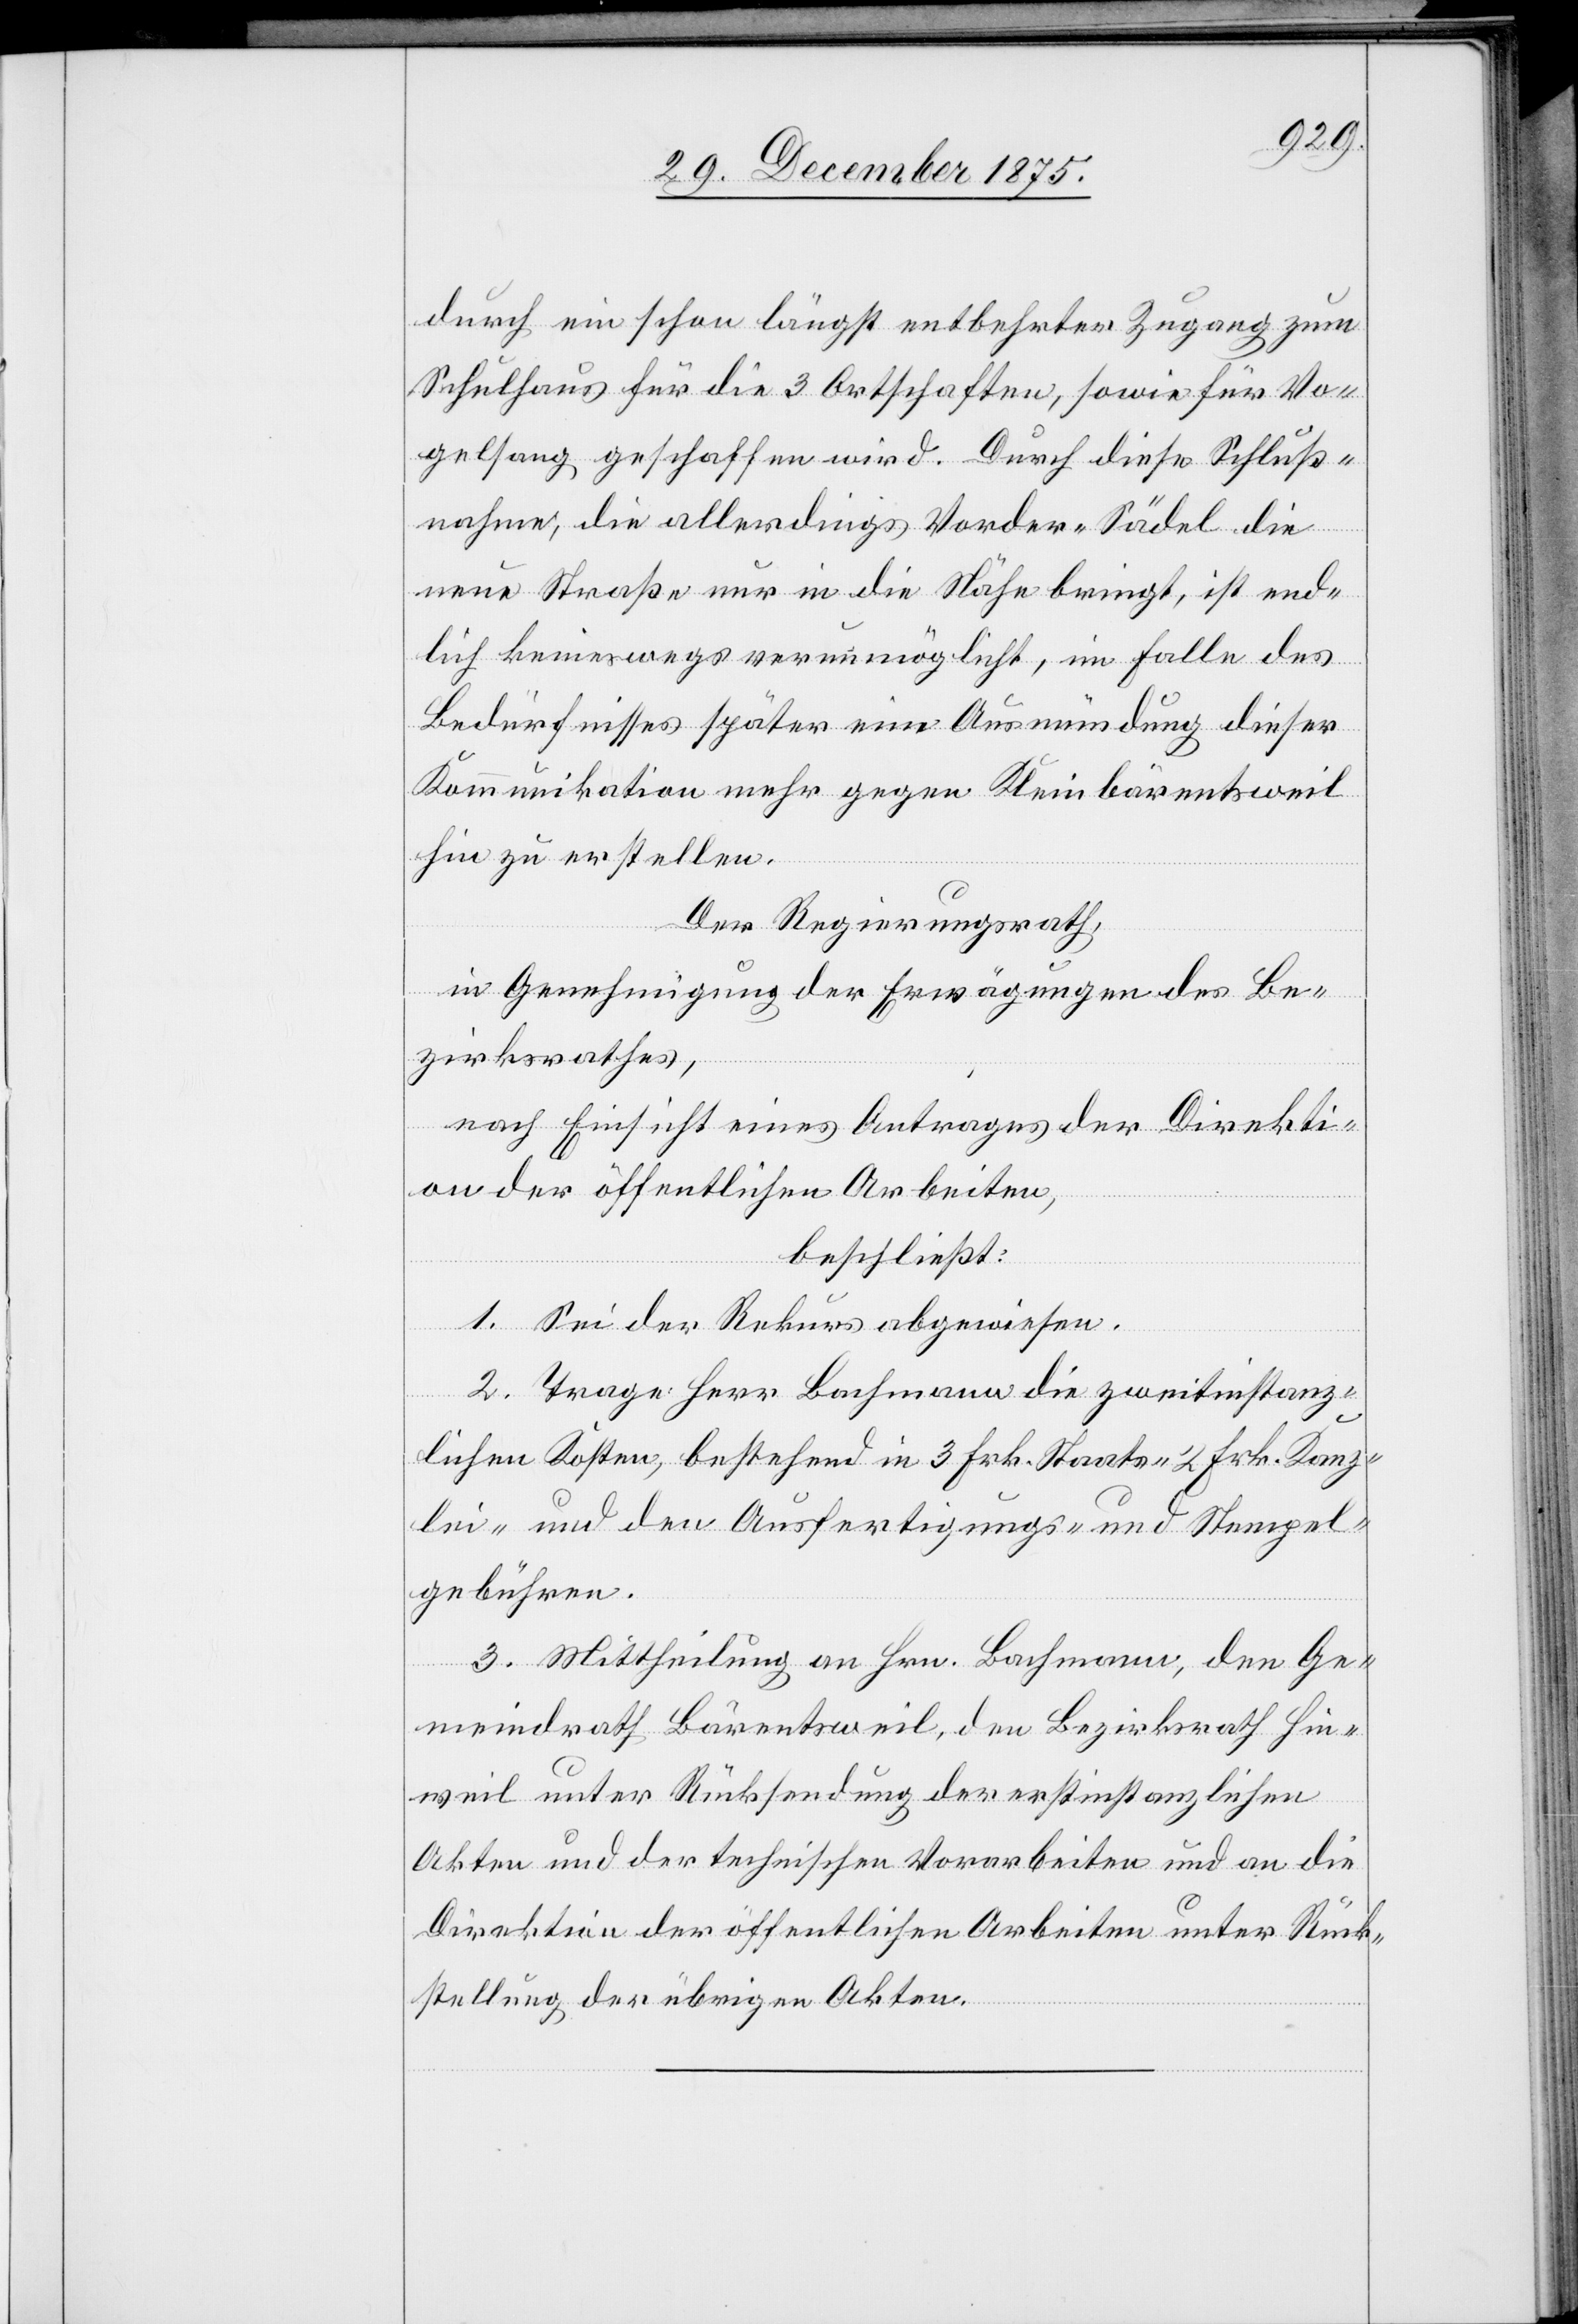
durch ein schon längst entbehrter Zugang zum
Schulhaus für die 3 Ortschaften, sowie für Vo¬
gelsang geschaffen wird. Durch diese Schluß¬
nahme, die allerdings Vorder-Sädel die
neue Straße nur in die Nähe bringt, ist end¬
lich keineswegs verunmöglicht, im Falle des
Bedürfnisses später eine Ausmündung dieser
Kommunikation mehr gegen Kleinbärentsweil
hin zu erstellen.
Der Regierungsrath,
in Genehmigung der Erwägungen des Be¬
zirksrathes,
nach Einsicht eines Antrages der Direkti¬
on der öffentlichen Arbeiten,
beschließt:
1. Sei der Rekurs abgewiesen.
2. Trage Herr Bachmann die zweitinstanz¬
lichen Kosten, bestehend in 3 Frk. Staats-[,] 2 Frk. Kanz¬
lei- und den Ausfertigungs- und Stempel¬
gebühren.
3. Mittheilung an Hrn. Bachmann, den Ge¬
meindrath Bärentsweil, den Bezirksrath Hin¬
weil unter Rücksendung der erstinstanzlichen
Akten und der technischen Vorarbeiten unter Rück¬
stellung der übrigen Akten.